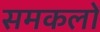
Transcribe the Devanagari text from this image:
समकलों